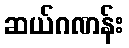
ဆယ်ဂဏန်း